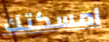
امسكتك